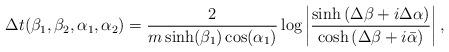
LaTeX: \begin{align*}\Delta t(\beta_{1},\beta_{2},\alpha_{1},\alpha_{2})=\frac{2}{m\sinh(\beta_{1})\cos(\alpha_{1})}\log\left |\frac{\sinh\left(\Delta\beta+i\Delta\alpha\right)}{\cosh\left(\Delta\beta+i\bar{\alpha}\right)}\right |,\end{align*}